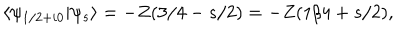
\langle \psi _ { 1 / 2 + i 0 } \vert \psi _ { s } \rangle = - Z ( 3 / 4 - s / 2 ) = - Z ( 1 / 4 + s / 2 ) ,